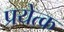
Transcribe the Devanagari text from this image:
प्रयेत्क